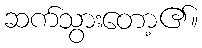
ဆက်သွားတော့၏။